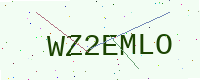
Text: WZ2EMLO